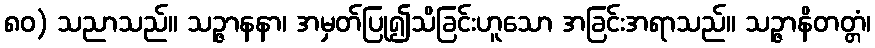
၈၀) သညာသည်။ သဉ္ဇာနနာ၊ အမှတ်ပြု၍သိခြင်းဟူသော အခြင်းအရာသည်။ သဉ္ဇာနိတတ္တံ၊